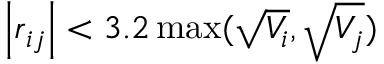
\left| \boldsymbol { r } _ { i j } \right| < 3 . 2 \operatorname* { m a x } ( \sqrt { V _ { i } } , \sqrt { V _ { j } } )